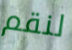
لنقم